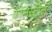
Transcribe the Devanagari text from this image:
कालेस्ट्रोल